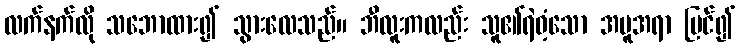
လက်နက်လို သဘောထား၍ သွားလေသည်။ ဘီလူးကလည်း သူ၏ရဲဝံ့သော အမူအရာ မြင်၍